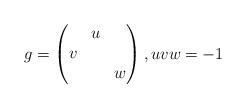
LaTeX: \begin{align*}g=\begin{pmatrix}&u&\\v&&\\&&w\end{pmatrix},uvw=-1\end{align*}